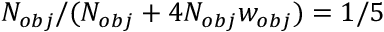
N _ { o b j } / ( N _ { o b j } + 4 N _ { o b j } w _ { o b j } ) = 1 / 5